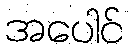
အပေါင်